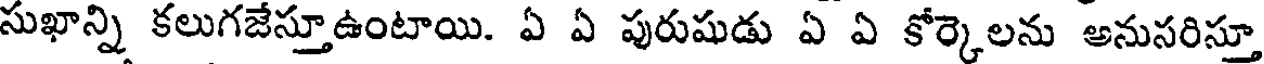
సుఖాన్ని కలుగజేస్తూఉంటాయి. ఏ ఏ పురుషుడు ఏ ఏ కోర్కెలను అనుసరిస్తూ